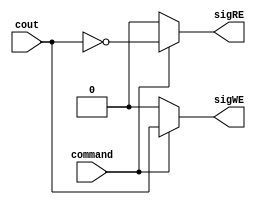
module readWriteSig(sigWE, sigRE, cout,command);
output sigRE, sigWE;
input cout;
input command;
wire cout,command;
wire sigRE, sigWE;
	assign sigWE = (command) ? cout : 1'b0;
	assign sigRE = (command) ? ~cout : 1'b0;
endmodule